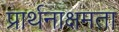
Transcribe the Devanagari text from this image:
प्रार्थनाक्षमता